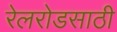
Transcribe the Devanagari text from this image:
रेलरोडसाठी